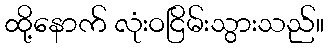
ထို့နောက် လုံးဝငြိမ်းသွားသည်။